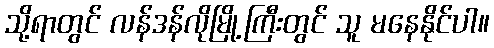
သို့ရာတွင် လန်ဒန်လိုမြို့ကြီးတွင် သူ မနေနိုင်ပါ။